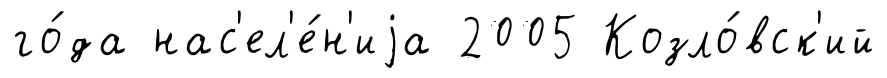
го́да нас'ел'е́н'иjа 2005 Козло́вск'ий